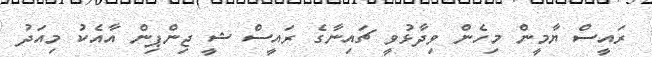
ރައީސް ޔާމީން މިހެން ވިދާޅުވީ ޗައިނާގެ ރައީސް ޝީ ޖިންޕިން އާއެކު މިއަދު